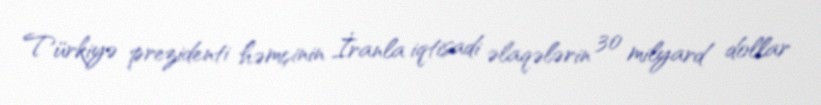
Türkiyə prezidenti həmçinin İranla iqtisadi əlaqələrin 30 milyard dollar